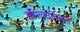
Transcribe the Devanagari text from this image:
हमिल्टोनिअन